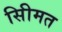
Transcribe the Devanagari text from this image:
सीिमत